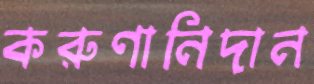
করুণানিদান